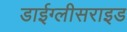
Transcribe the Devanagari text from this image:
डाईग्लीसराइड